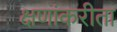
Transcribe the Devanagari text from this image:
क्षणांकरीता